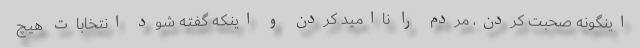
اینگونه صحبت کردن، مردم را ناامید کردن و اینکه گفته شود انتخابات هیچ